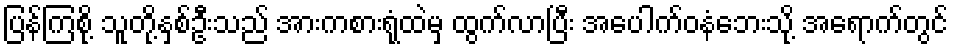
ပြန်ကြစို့ သူတို့နှစ်ဦးသည် အားကစားရုံထဲမှ ထွက်လာပြီး အပေါက်ဝနံဘေးသို့ အရောက်တွင်